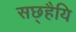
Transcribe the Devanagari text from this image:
सछ्हैयि